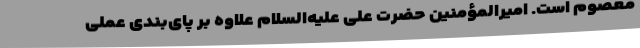
معصوم است. امیرالمؤمنین حضرت علی علیه‌السلام علاوه بر پای‌بندی عملی